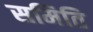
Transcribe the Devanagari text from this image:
समिति